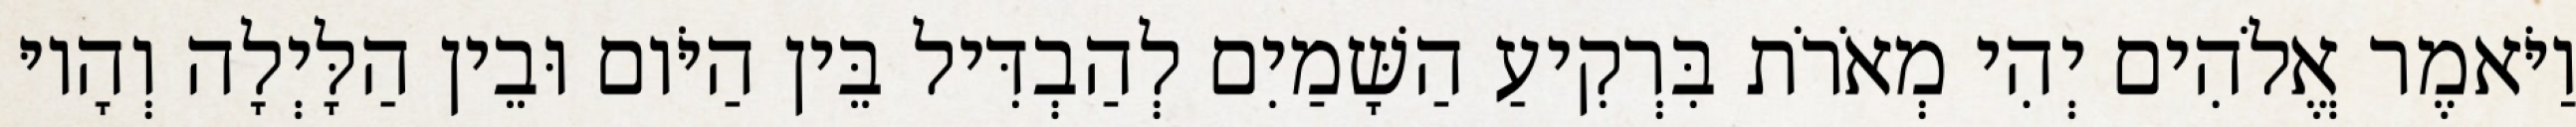
וַיֹּאמֶר אֱלֹהִים יְהִי מְאֹרֹת בִּרְקִיעַ הַשָּׁמַיִם לְהַבְדִּיל בֵּין הַיֹּום וּבֵין הַלָּיְלָה וְהָיוּ